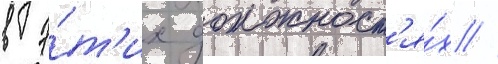
в э́т'их должност'я́х //